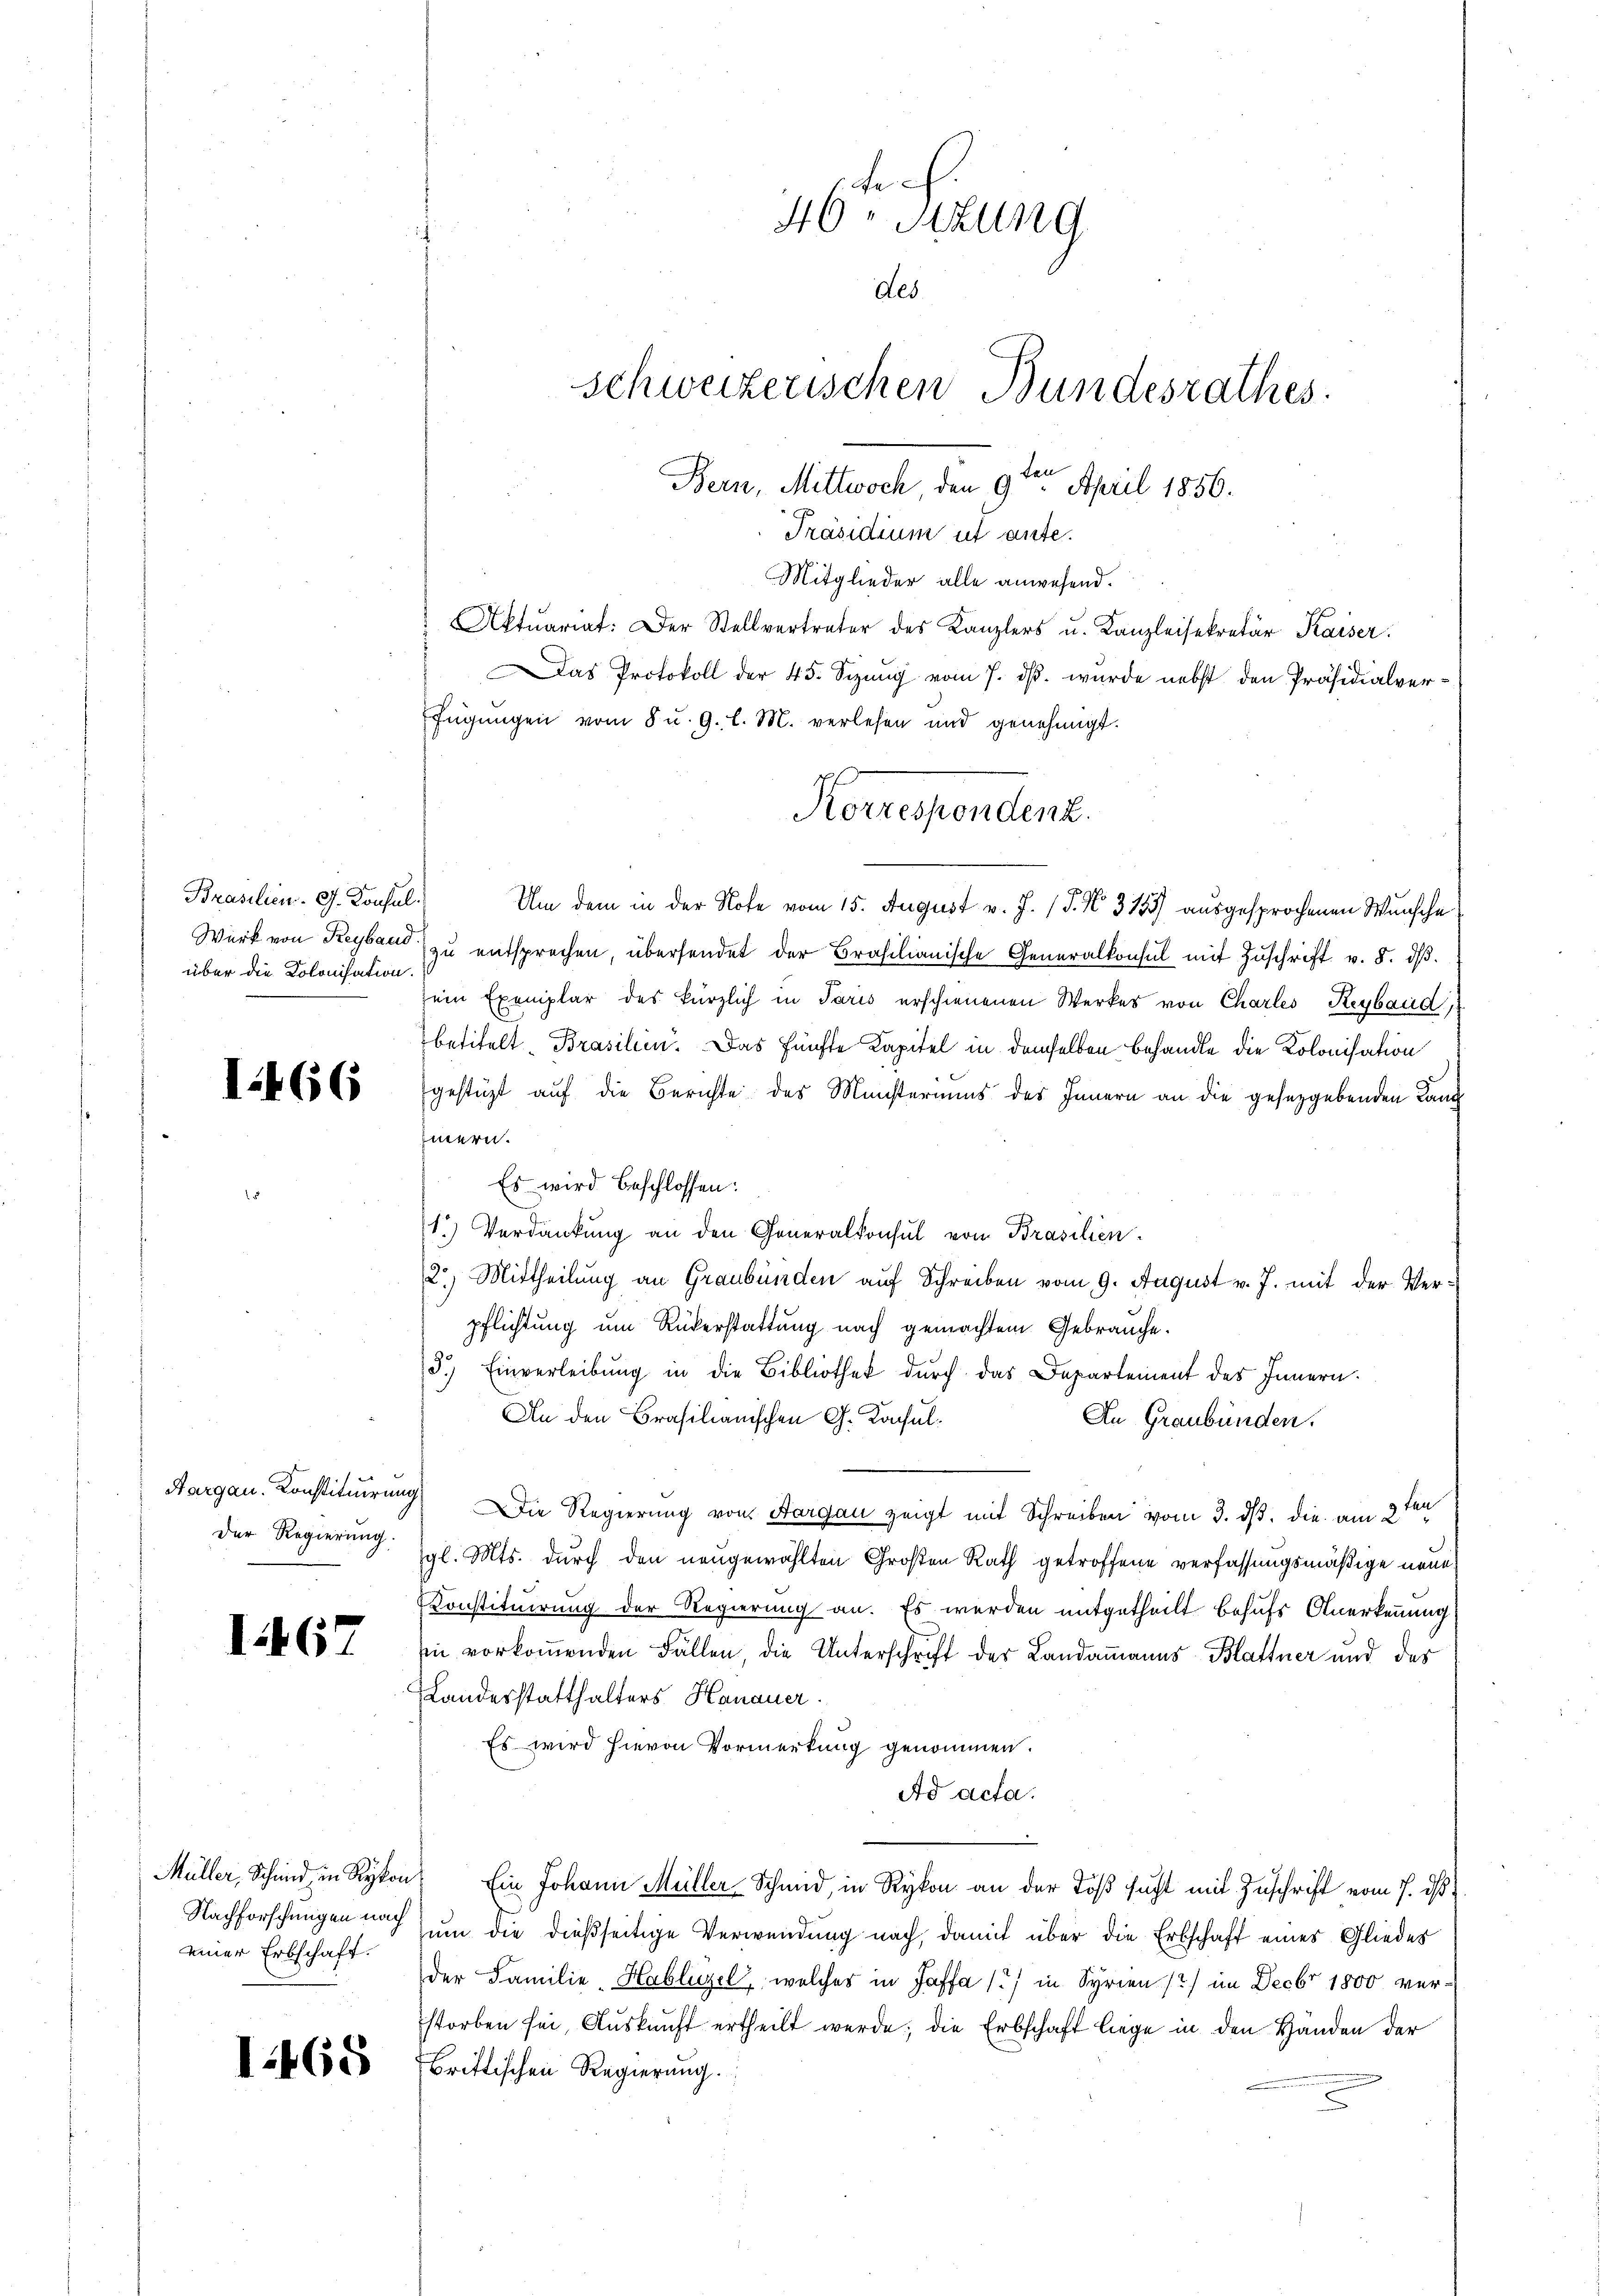
Brasilien. G. Konsul
Werk von Reyband.
über die Kolonisation.

1466

Aargau. Konstituirung.
Der Regierung.

I467

einer Erbschaft.

1468

46 Stzung
des
schweizerischen Bundesrathes.
Bern, Mittwoch, den 9ten April 1856.
Präsidium ut ante.
Mitglieder alle anwesend.

Aktuariat. Der Stellvertreter des Kanzlers u. Kanzleisekretär Kaiser:
Das Protokoll der 45. Sizung vom 7. ds. wurde nebst den Präsidialverfügungen vom 8 u. 9. l. M. verlesen und genehmigt.
Um dem in der Note vom 15. August v. J. (T. N. 3155) ausgesprochenen Wunsche
zu entsprechen, übersendet der Brasilianische Generalkonsul mit Zuschrift v. 8. d.
sein Exemplar des kürzlich in Paris erschienenen Werkes von Charles Reybaud
betitelt. Brasilien. Das fünfte Kapitel in demselben behandle die Kolonisation
gestützt auf die Berichte des Münsteriums des Innern an die gesetzgebenden Land¬
Eiern.
Es wird beschlossen:
1.) Verdankŭng an den Generalkonsul von Brasilien.
2.) Mittheilung an Graubünden auf Schreiben vom 9. August v. J. mit der Verpflichtung um Rükerstattung nach gemachtem Gebrauche.
5.) Einverleibung in die Bibliothek durch das Departement des Innern.
An den Brasilianischen G. Kochul¬
An Graubünden.
Die Regierung von Aargau zeigt mit Schreiben vom 3. ds. die am 2ten
gl. Mts. durch den neugewählten Großen Rath getroffene verfassungsmäßige neues
Konstituirung der Regierung an. Es werden mitgetheilt behufs Anerkennung
ei vorkommenden Fällen, die Unterschrift der Landammanns Blattner und der
Landesstatthalters Hanauer.
Es wird hievon Vormerkung genommen.
Ad acta.
s
Müller, Schmid in Rykon. Ein Johann Müller Schmid, in Rykon an der Töß sucht mit Zuschrift vom 7. ds.
Nachforschungen nach um die dießseitige Verwendung nach, damit über die Erbschaft eines Gliedes
der Familie, Hablüzel, welches in Saffa 1) in Syrien (2) im Decbr 1800 verstorben sei, Auskunft ertheilt werde; die Erbschaft liege in den Händen der
brittischen Regierung.

Korrespondenz.